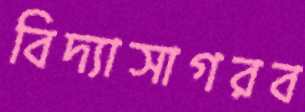
বিদ্যাসাগরব